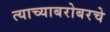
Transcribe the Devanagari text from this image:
त्याच्याबरोबरचे